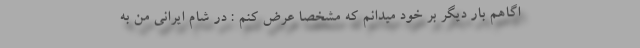
اگاهم بار دیگر بر خود میدانم که مشخصا عرض کنم : در شام ایرانی من به